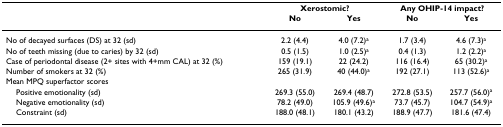
<table><thead><tr><td></td><td colspan="2"><b>Xerostomic?</b></td><td colspan="2"><b>Any OHIP-14 impact?</b></td></tr><tr><td></td><td><b>No</b></td><td><b>Yes</b></td><td><b>No</b></td><td><b>Yes</b></td></tr></thead><tbody><tr><td>No of decayed surfaces (DS) at 32 (sd)</td><td>2.2 (4.4)</td><td>4.0 (7.2)<sup>a</sup></td><td>1.7 (3.4)</td><td>4.6 (7.3)<sup>a</sup></td></tr><tr><td>No of teeth missing (due to caries) by 32 (sd)</td><td>0.5 (1.5)</td><td>1.0 (2.5)<sup>a</sup></td><td>0.4 (1.3)</td><td>1.2 (2.2)<sup>a</sup></td></tr><tr><td>Case of periodontal disease (2+ sites with 4+mm CAL) at 32 (%)</td><td>159 (19.1)</td><td>22 (24.2)</td><td>116 (16.4)</td><td>65 (30.2)<sup>a</sup></td></tr><tr><td>Number of smokers at 32 (%)</td><td>265 (31.9)</td><td>40 (44.0)<sup>a</sup></td><td>192 (27.1)</td><td>113 (52.6)<sup>a</sup></td></tr><tr><td>Mean MPQ superfactor scores</td><td></td><td></td><td></td><td></td></tr><tr><td> Positive emotionality (sd)</td><td>269.3 (55.0)</td><td>269.4 (48.7)</td><td>272.8 (53.5)</td><td>257.7 (56.0)<sup>a</sup></td></tr><tr><td> Negative emotionality (sd)</td><td>78.2 (49.0)</td><td>105.9 (49.6)<sup>a</sup></td><td>73.7 (45.7)</td><td>104.7 (54.9)<sup>a</sup></td></tr><tr><td> Constraint (sd)</td><td>188.0 (48.1)</td><td>180.1 (43.2)</td><td>188.9 (47.7)</td><td>181.6 (47.4)</td></tr></tbody></table>